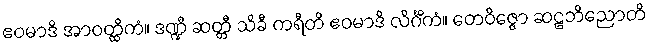
ဧဝမာဒိ အာဝတ္ထိကံ။ ဒဏ္ဍီ ဆတ္တီ သိခီ ကရီတိ ဧဝမာဒိ လိင်္ဂိကံ။ တေဝိဇ္ဇော ဆဠဘိညောတိ